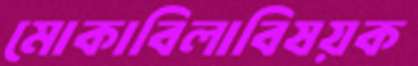
মোকাবিলাবিষয়ক